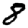
Digit: 8